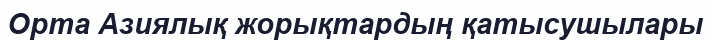
Орта Азиялық жорықтардың қатысушылары